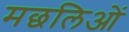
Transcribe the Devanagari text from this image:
मछलिओं